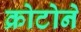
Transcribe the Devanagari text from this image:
क्रोटोने